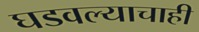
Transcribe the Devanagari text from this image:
घडवल्याचाही